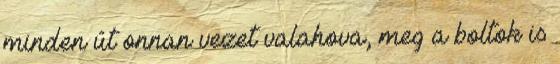
minden út onnan vezet valahova, meg a boltok is